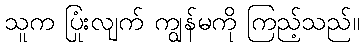
သူက ပြုံးလျက် ကျွန်မကို ကြည့်သည်။